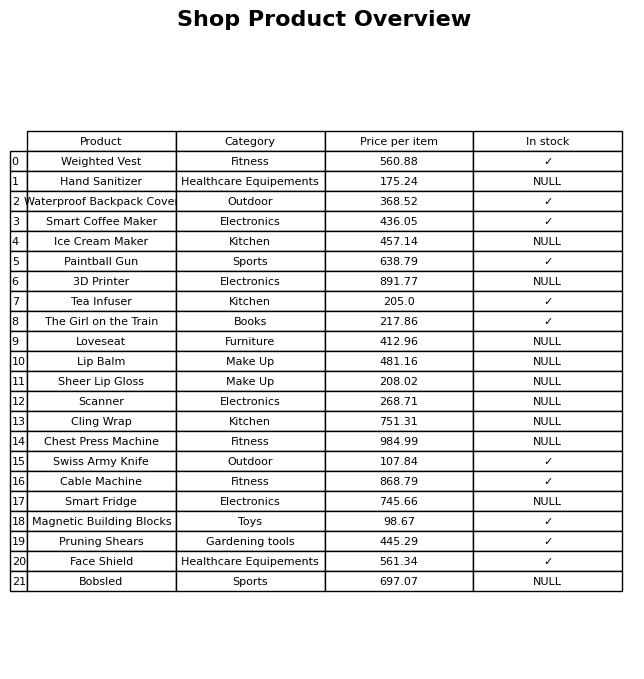
question: What is the price for Weighted Vest?
answer: The price of Weighted Vest is 560.88.